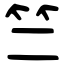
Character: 竺